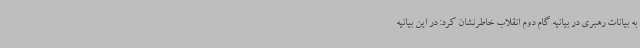
به بیانات رهبری در بیانیه گام دوم انقلاب خاطرنشان کرد: در این بیانیه